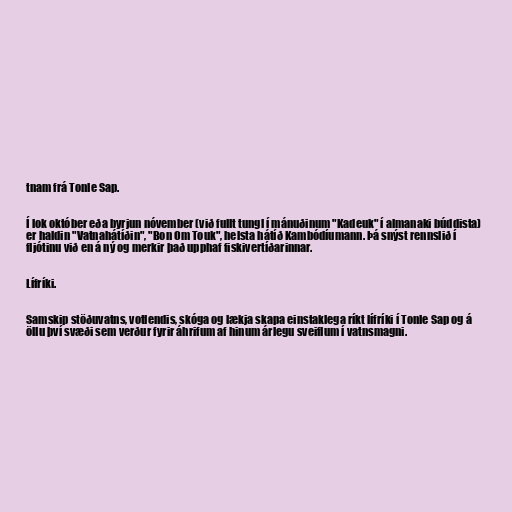
tnam frá Tonle Sap.

Í lok október eða byrjun nóvember (við fullt tungl í mánuðinum "Kadeuk" í almanaki búddista)
er haldin "Vatnahátíðin", "Bon Om Touk", helsta hátíð Kambódíumann. Þá snýst rennslið í
fljótinu við en á ný og merkir það upphaf fiskivertíðarinnar.

Lífríki.

Samskip stöðuvatns, votlendis, skóga og lækja skapa einstaklega ríkt lífríki í Tonle Sap og á
öllu því svæði sem verður fyrir áhrifum af hinum árlegu sveiflum í vatnsmagni.